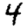
Digit: 4